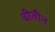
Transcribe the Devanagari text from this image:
चीतीन